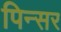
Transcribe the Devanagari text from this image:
पिन्सर